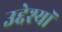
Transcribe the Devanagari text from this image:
उद्देश्यॉ